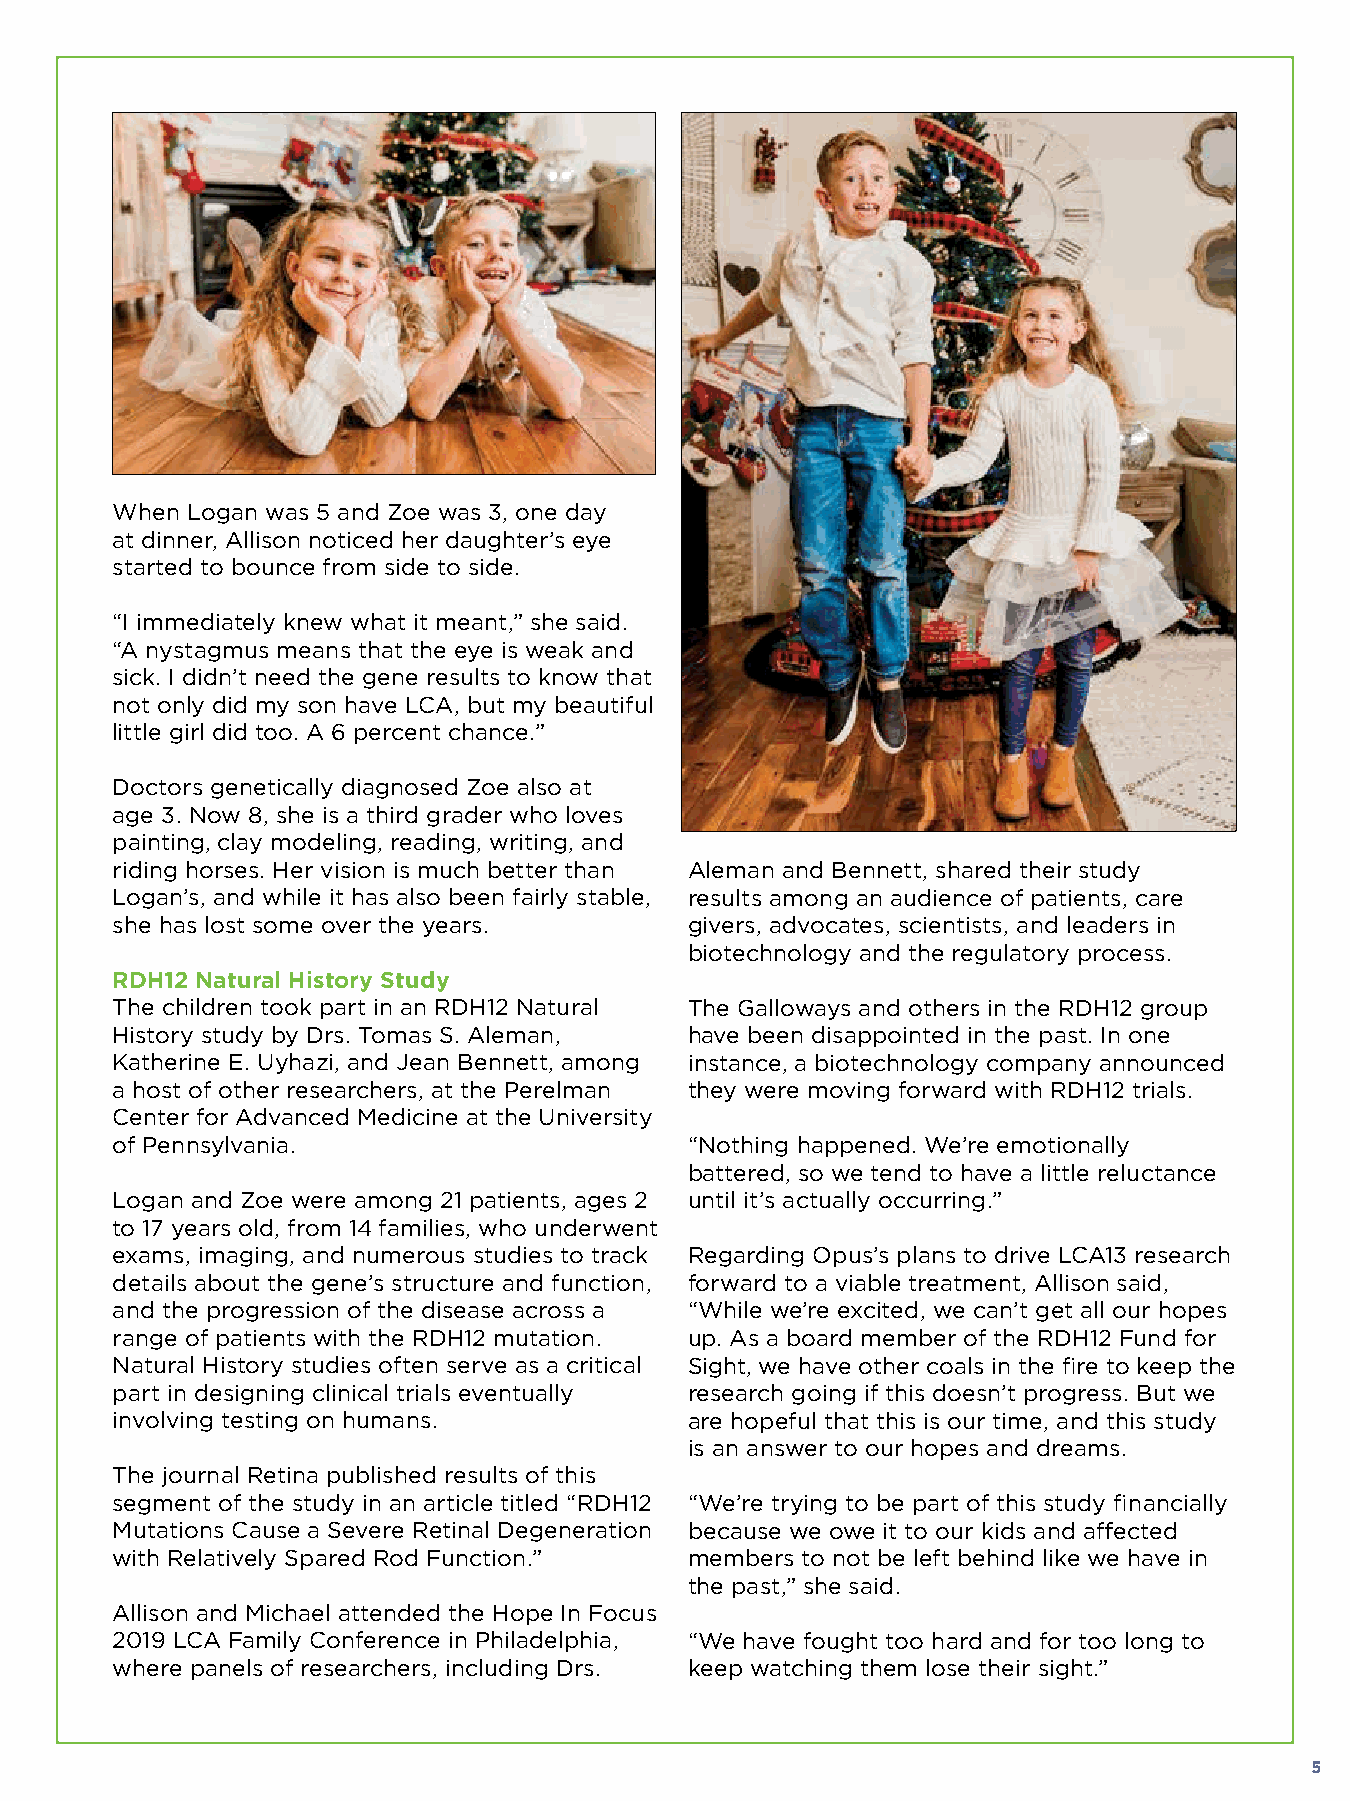
When Logan was 5 and Zoe was 3, one day
 at dinner, Allison noticed her daughter’s eye
 started to bounce from side to side.
 “I immediately knew what it meant,” she said.
 “A nystagmus means that the eye is weak and
 sick. I didn’t need the gene results to know that
 not only did my son have LCA, but my beautiful
 little girl did too. A 6 percent chance.”
 Doctors genetically diagnosed Zoe also at
 age 3. Now 8, she is a third grader who loves
 painting, clay modeling, reading, writing, and
 riding horses. Her vision is much better than Aleman and Bennett, shared their study
 Logan’s, and while it has also been fairly stable, results among an audience of patients, care
 she has lost some over the years.      givers, advocates, scientists, and leaders in
 biotechnology and the regulatory process.
 RDH12 Natural History Study
 The children took part in an RDH12 Natural The Galloways and others in the RDH12 group
 History study by Drs. Tomas S. Aleman, have been disappointed in the past. In one
 Katherine E. Uyhazi, and Jean Bennett, among instance, a biotechnology company announced
 a host of other researchers, at the Perelman they were moving forward with RDH12 trials.
 Center for Advanced Medicine at the University
 of Pennsylvania.                       “Nothing happened. We’re emotionally
 battered, so we tend to have a little reluctance
 Logan and Zoe were among 21 patients, ages 2 until it’s actually occurring.”
 to 17 years old, from 14 families, who underwent
 exams, imaging, and numerous studies to track Regarding Opus’s plans to drive LCA13 research
 details about the gene’s structure and function, forward to a viable treatment, Allison said,
 and the progression of the disease across a “While we’re excited, we can’t get all our hopes
 range of patients with the RDH12 mutation. up. As a board member of the RDH12 Fund for
 Natural History studies often serve as a critical Sight, we have other coals in the fire to keep the
 part in designing clinical trials eventually research going if this doesn’t progress. But we
 involving testing on humans.           are hopeful that this is our time, and this study
 is an answer to our hopes and dreams.
 The journal Retina published results of this
 segment of the study in an article titled “RDH12 “We’re trying to be part of this study financially
 Mutations Cause a Severe Retinal Degeneration because we owe it to our kids and affected
 with Relatively Spared Rod Function.”  members to not be left behind like we have in
 the past,” she said.
 Allison and Michael attended the Hope In Focus
 2019 LCA Family Conference in Philadelphia, “We have fought too hard and for too long to
 where panels of researchers, including Drs. keep watching them lose their sight.”
 5